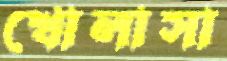
খোলাসা